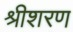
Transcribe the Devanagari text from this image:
श्रीशरण